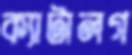
ক্যাটালগ